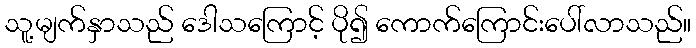
သူ့မျက်နှာသည် ဒေါသကြောင့် ပို၍ ကောက်ကြောင်းပေါ်လာသည်။